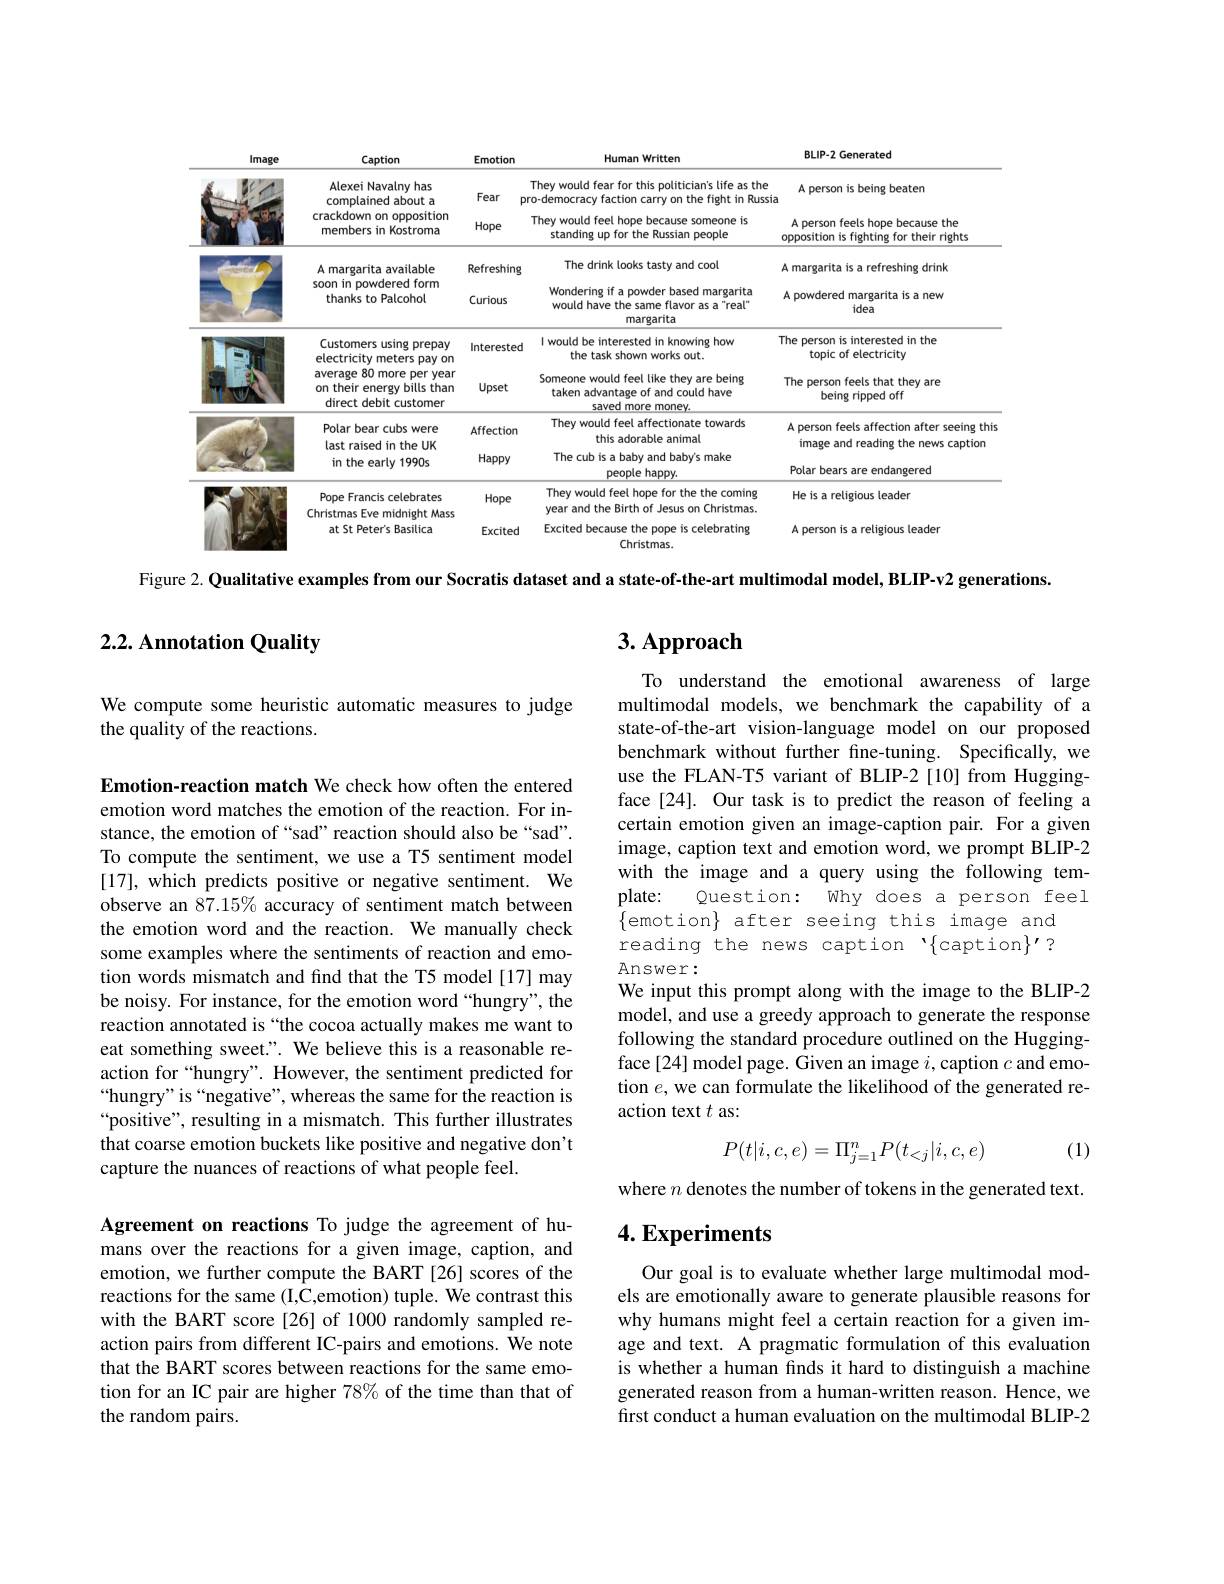
<table>
	<tbody>
		<tr>
			<th>lmage</th>
			<th>Caption</th>
			<th>Emotion</th>
			<th>Human Written</th>
			<th>BLIP-2 Generated</th>
		</tr>
		<tr>
			<td> </td>
			<td>Alexei Navalny has complained about a</td>
			<td>Fear</td>
			<td>They would fear for this politician's life as the ro-democracy faction carry on the fight in Russia</td>
			<td>A person is being beaten</td>
		</tr>
		<tr>
			<td> </td>
			<td>crackdown on opposition members in Kostroma</td>
			<td>Hope</td>
			<td>They would feel hope because someone is standing up for the Russian people</td>
			<td>A person feels hope because the opposition is fighting for their rights</td>
		</tr>
		<tr>
			<td> </td>
			<td rowspan="2">A margarita available soon in powdered form thanks to Palcohol</td>
			<td>Refreshin</td>
			<td>The drink looks tasty and cool</td>
			<td>A margarita is a refreshing drink</td>
		</tr>
		<tr>
			<td> </td>
			<td>Curious</td>
			<td>Wondering if a powder based margarita would have the same flavor as a"real" margarita</td>
			<td>A powdered margarita is a new idea</td>
		</tr>
		<tr>
			<td> </td>
			<td>Customers using prepay electricity meters pay on</td>
			<td>Intereste</td>
			<td>I would be interested in knowing how the task shown works out.</td>
			<td>The person is interested in the topic of electricity</td>
		</tr>
		<tr>
			<td> </td>
			<td>average 80 more per year on their energy bills than direct debit customer</td>
			<td>Upset</td>
			<td>Someone would feel like they are being taken advantage of and could have saved more money.</td>
			<td>The person feels that they are being ripped off</td>
		</tr>
		<tr>
			<td> </td>
			<td>Polar bear cubs were last raised in the UK</td>
			<td>Affection</td>
			<td>They would feel affectionate towards this adorable animal</td>
			<td>A person feels affection after seeing this image and reading the news caption</td>
		</tr>
		<tr>
			<td> </td>
			<td>in the early 1990s</td>
			<td>Happy</td>
			<td>The cub is a baby and baby's make people happy.</td>
			<td>Polar bears are endangered</td>
		</tr>
		<tr>
			<td> </td>
			<td>Pope Francis celebrates Christmas midnight Mase Fwo</td>
			<td>Hope</td>
			<td>They would feel hope for the the coming year and the Birth of Jesus on Christmas.</td>
			<td>He is a religious leader</td>
		</tr>
		<tr>
			<td> </td>
			<td>at St Peter's Basilica</td>
			<td>Excited</td>
			<td>Excited because the pope is celebrating Christmas.</td>
			<td>A person is a religious leader</td>
		</tr>
	</tbody>
</table>

Figure 2. Qualitative examples from our Socratis dataset and a state-of-the-art multimodal model, BLIP-v2 generations.

## 2.2. Annotation Quality

# 3. Approach

We compute some heuristic automatic measures to judge
the quality of the reactions.

To understand the emotional awareness of large multimodal models, we benchmark the capability of a state-of-the-art vision-language model on our proposed benchmark without further fine-tuning. Specifically, we use the FLAN-T5 variant of BLIP-2[10] from Huggingface[24]. Our task is to predict the reason of feeling a certain emotion given an image-caption pair. For a given image, caption text and emotion word, we prompt BLIP-2 with the image and a query using the following template:
Question: Why does a person feel
$\{$emotion$\}$ after seeing this image and reading the news caption '{caption}'? Answer:
We input this prompt along with the image to the BLIP-2 model, and use a greedy approach to generate the response following the standard procedure outlined on the Huggingface [24] model page. Given an image $i$,caption $c$ and emotion $e$, we can formulate the likelihood of the generated reaction text $t$ as:

Emotion-reaction match We check how often the entered emotion word matches the emotion of the reaction. For instance, the emotion of “sad” reaction should also be“sad”. To compute the sentiment, we use a T5 sentiment model [17], which predicts positive or negative sentiment. We observe an 87.15% accuracy of sentiment match between the emotion word and the reaction. We manually check some examples where the sentiments of reaction and emotion words mismatch and find that the T5 model[17] may be noisy. For instance, for the emotion word “hungry”, the reaction annotated is “the cocoa actually makes me want to eat something sweet.". We believe this is a reasonable reaction for“hungry”. However, the sentiment predicted for “hungry" is“negative”, whereas the same for the reaction is “positive”, resulting in a mismatch. This further illustrates that coarse emotion buckets like positive and negative don't capture the nuances of reactions of what people feel.

(1)
$$P(t|i,c,e)=\Pi_{j=1}^nP(t_{<j}|i,c,e)$$
where $n$ denotes the number of tokens in the generated text.

# 4. Experiments

Agreement on reactions To judge the agreement of humans over the reactions for a given image, caption, and emotion, we further compute the BART [26] scores of the reactions for the same (I,C,emotion) tuple. We contrast this with the BART score [26] of 1000 randomly sampled reaction pairs from different IC-pairs and emotions. We note that the BART scores between reactions for the same emotion for an IC pair are higher 78% of the time than that of the random pairs.

Our goal is to evaluate whether large multimodal models are emotionally aware to generate plausible reasons for why humans might feel a certain reaction for a given image and text. A pragmatic formulation of this evaluation is whether a human finds it hard to distinguish a machine generated reason from a human-written reason. Hence, we first conduct a human evaluation on the multimodal BLIP-2